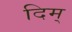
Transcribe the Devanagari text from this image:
दिम्